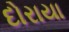
દોરાયા